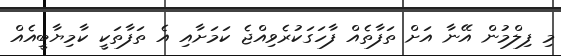
މި ފިލްމުން އޭނާ އަށް ތަފާތެއް ފާހަގަކުރެވިއްޖެ ކަމަށާއި އެ ތަފާތަކީ ކާމިޔާބީއެއް